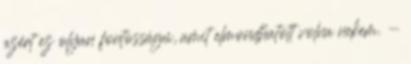
azért ez olyan fontosságú, amit elmondhatott volna nekem. -